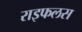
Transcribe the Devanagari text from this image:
राइफलस